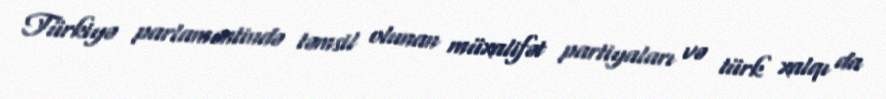
Türkiyə parlamentində təmsil olunan müxalifət partiyaları və türk xalqı da